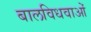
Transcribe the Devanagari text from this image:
बालविधवाओं